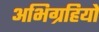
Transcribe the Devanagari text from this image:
अभिग्रहियों